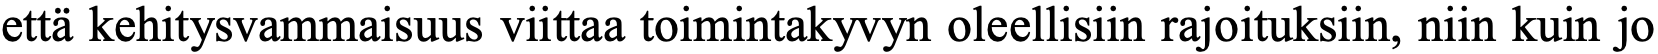
että kehitysvammaisuus viittaa toimintakyvyn oleellisiin rajoituksiin, niin kuin jo